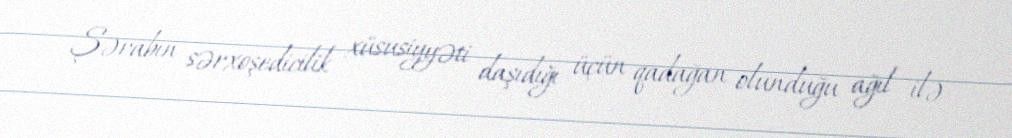
Şərabın sərxoşedicilik xüsusiyyəti daşıdığı üçün qadağan olunduğu ağıl ilə